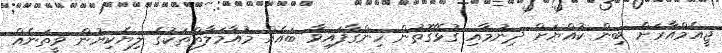
ޖީއެމްއާރަށް ބިން ކުއްޔަށް ދިނުމާއި ގުޅޭގޮތުން ހިންގާފައިވާ ބައެއް މުއާމަލާތްތަކުގެ ލިޔެކިޔުން ވީތަނެއް